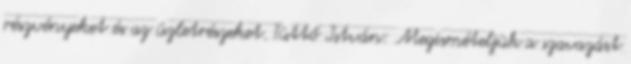
részvényeket és az üzletrészeket. Tüttő István: Megismételjük a szavazást